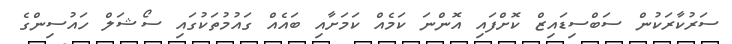
ސަރުކާރަކުން ސަބްސިޑައިޒް ކޮށްފައި އޮންނަ ކަމެއް ކަމަށާއި ބައެއް ގައުމުތަކުގައި ސޯޝަލް ހައުސިންގެ